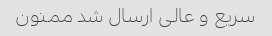
سریع و عالی ارسال شد ممنون